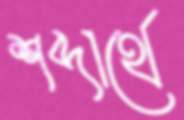
শব্দার্থে